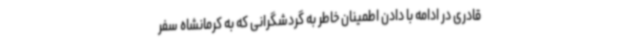
قادری در ادامه با دادن اطمینان خاطر به گردشگرانی که به کرمانشاه سفر